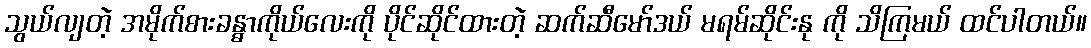
သွယ်လျတဲ့ အမိုက်စားခန္ဓာကိုယ်လေးကို ပိုင်ဆိုင်ထားတဲ့ ဆက်ဆီမော်ဒယ် မရမ်ဆိုင်းနု ကို သိကြမယ် ထင်ပါတယ်။